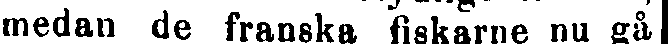
emedan de franska fiskarne nu gå